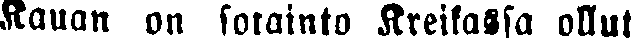
Kauan on sotainto Kreikassa ollut